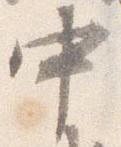
中